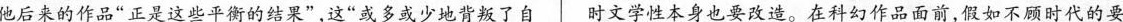
他后来的作品“正是这些平衡的结果”，这“或多或少地叛了自 时文学性本身也改造。在科幻作品面前，假如不顾时代的要